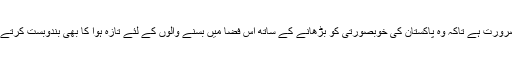
آج بھی وطن عزیز میں زیادہ سے زیادہ پودے لگانے کی ضرورت ہے تاکہ وہ پاکستان کی خوبصورتی کو بڑھانے کے ساتھ اس فضا میں بسنے والوں کے لئے تازہ ہوا کا بھی بندوبست کرتے ہیں اوردرختوں کی ہریالی سے ہی موسم بھی بہت رہتا ہے۔